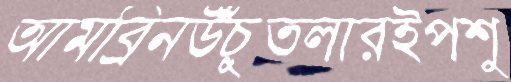
আমব্রিনউঁচুতলারইপশু